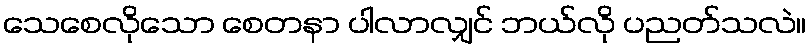
သေစေလိုသော စေတနာ ပါလာလျှင် ဘယ်လို ပညတ်သလဲ။